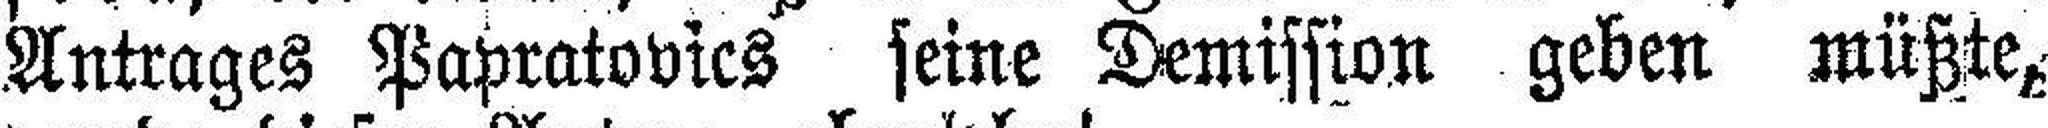
Antrages Papratovics seine Demission geben müßte,